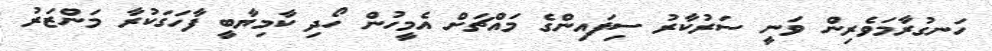
ހަނގުރާމަވެރިން ވަނީ ސަރުކާރު ސިފައިންގެ މައްޗަށް އެމީހުން ހޯދި ކާމިޔާބީ ފާހަގަކުރާ މަންޒަރު